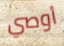
أوصي